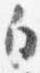
白